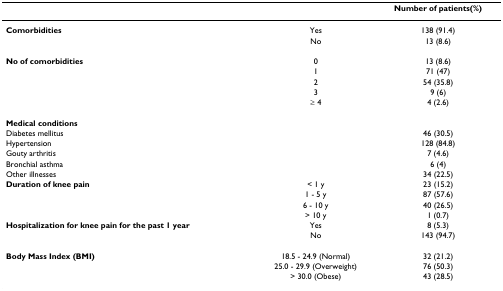
<table><thead><tr><td></td><td></td><td><b>Number of patients(%)</b></td></tr></thead><tbody><tr><td><b>Comorbidities</b></td><td>Yes</td><td>138 (91.4)</td></tr><tr><td></td><td>No</td><td>13 (8.6)</td></tr><tr><td><b>No of comorbidities</b></td><td>0</td><td>13 (8.6)</td></tr><tr><td></td><td>1</td><td>71 (47)</td></tr><tr><td></td><td>2</td><td>54 (35.8)</td></tr><tr><td></td><td>3</td><td>9 (6)</td></tr><tr><td></td><td>≥ 4</td><td>4 (2.6)</td></tr><tr><td><b>Medical conditions</b></td><td></td><td></td></tr><tr><td>Diabetes mellitus</td><td></td><td>46 (30.5)</td></tr><tr><td>Hypertension</td><td></td><td>128 (84.8)</td></tr><tr><td>Gouty arthritis</td><td></td><td>7 (4.6)</td></tr><tr><td>Bronchial asthma</td><td></td><td>6 (4)</td></tr><tr><td>Other illnesses</td><td></td><td>34 (22.5)</td></tr><tr><td><b>Duration of knee pain</b></td><td>&lt; 1 y</td><td>23 (15.2)</td></tr><tr><td></td><td>1 - 5 y</td><td>87 (57.6)</td></tr><tr><td></td><td>6 - 10 y</td><td>40 (26.5)</td></tr><tr><td></td><td>&gt; 10 y</td><td>1 (0.7)</td></tr><tr><td><b>Hospitalization for knee pain for the past 1 year </b></td><td>Yes</td><td>8 (5.3)</td></tr><tr><td></td><td>No</td><td>143 (94.7)</td></tr><tr><td><b>Body Mass Index (BMI)</b></td><td>18.5 - 24.9 (Normal)</td><td>32 (21.2)</td></tr><tr><td></td><td>25.0 - 29.9 (Overweight)</td><td>76 (50.3)</td></tr><tr><td></td><td>&gt; 30.0 (Obese)</td><td>43 (28.5)</td></tr></tbody></table>